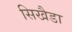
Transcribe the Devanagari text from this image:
सिखैडा